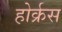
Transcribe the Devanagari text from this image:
होर्क्रस